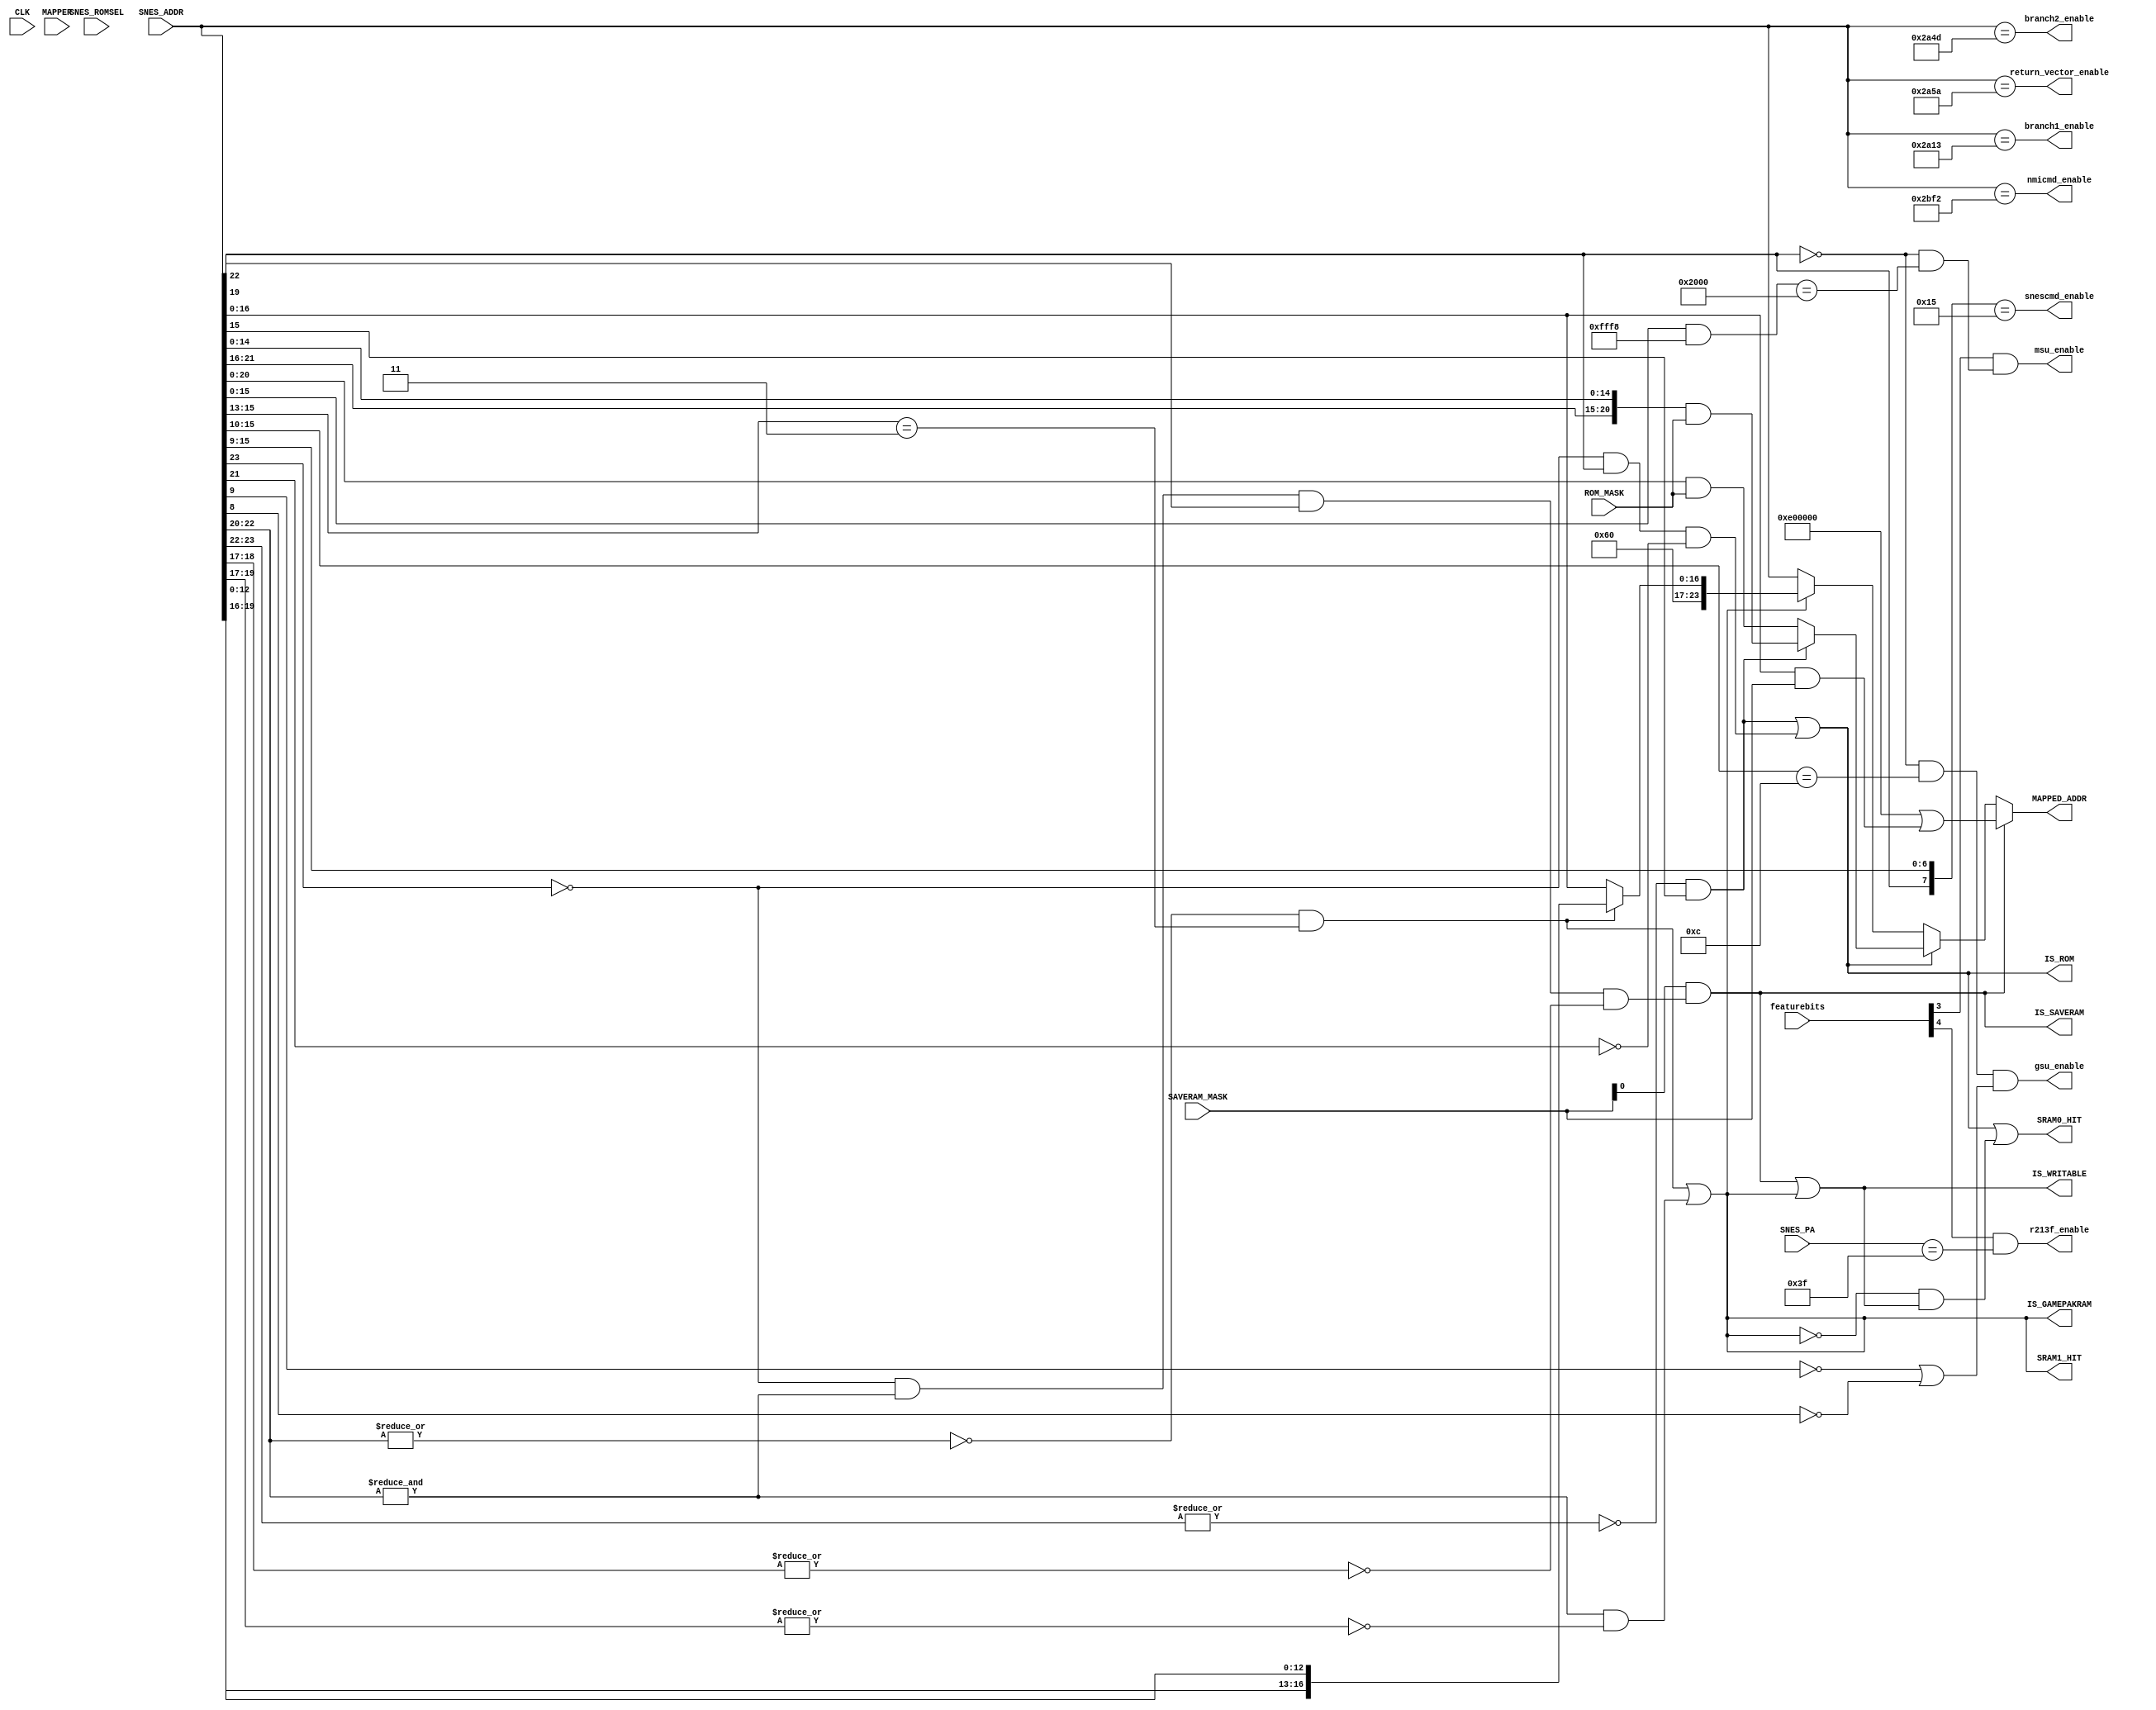
module address_4(
  input CLK,
  input [7:0] featurebits,  
  input [2:0] MAPPER,       
  input [23:0] SNES_ADDR,   
  input [7:0] SNES_PA,      
  input SNES_ROMSEL,        
  output [23:0] MAPPED_ADDR,
  output SRAM0_HIT,         
  output SRAM1_HIT,         
  output IS_SAVERAM,        
  output IS_GAMEPAKRAM,     
  output IS_ROM,            
  output IS_WRITABLE,       
  input [23:0] SAVERAM_MASK,
  input [23:0] ROM_MASK,
  output msu_enable,
  output gsu_enable,
  output r213f_enable,
  output snescmd_enable,
  output nmicmd_enable,
  output return_vector_enable,
  output branch1_enable,
  output branch2_enable
);
parameter [2:0]
  FEAT_MSU1 = 3,
  FEAT_213F = 4
;
wire [23:0] SRAM_SNES_ADDR;
assign IS_ROM = ((~|SNES_ADDR[23:22] & SNES_ADDR[15])
                 |(!SNES_ADDR[23] & SNES_ADDR[22] & !SNES_ADDR[21]));
assign IS_SAVERAM = SAVERAM_MASK[0] & (!SNES_ADDR[23] & &SNES_ADDR[22:20] & SNES_ADDR[19] & ~|SNES_ADDR[18:17]);
assign IS_GAMEPAKRAM = ((~|SNES_ADDR[22:20] & (SNES_ADDR[15:13] == 3'b011))
                        |(&SNES_ADDR[22:20] & ~|SNES_ADDR[19:17]));
assign IS_WRITABLE = IS_SAVERAM | IS_GAMEPAKRAM;
assign SRAM_SNES_ADDR = IS_SAVERAM
                        ? (24'hE00000 | SNES_ADDR[16:0] & SAVERAM_MASK)
                        : (IS_ROM
                           ? (~|SNES_ADDR[23:22] & SNES_ADDR[15])
                              ? 
                                ({3'b000, SNES_ADDR[21:16], SNES_ADDR[14:0]} & ROM_MASK)
                              : 
                                ({3'b000, SNES_ADDR[20:0]} & ROM_MASK)
                           : (IS_GAMEPAKRAM
                              ? (~|SNES_ADDR[22:20] & (SNES_ADDR[15:13] == 3'b011))
                                 ? 
                                   ({7'b1100000, SNES_ADDR[19:16], SNES_ADDR[12:0]})
                                 : 
                                   ({7'b1100000, SNES_ADDR[16:0]})
                              : SNES_ADDR));
assign MAPPED_ADDR = SRAM_SNES_ADDR;
assign SRAM0_HIT = IS_ROM | (!IS_GAMEPAKRAM & IS_WRITABLE);
assign SRAM1_HIT = IS_GAMEPAKRAM;
assign msu_enable = featurebits[FEAT_MSU1] & (!SNES_ADDR[22] && ((SNES_ADDR[15:0] & 16'hfff8) == 16'h2000));
wire gsu_enable_w = (!SNES_ADDR[22] & (SNES_ADDR[15:10] == 6'b001100) & (!SNES_ADDR[9] | !SNES_ADDR[8]));
assign gsu_enable = gsu_enable_w;
assign r213f_enable = featurebits[FEAT_213F] & (SNES_PA == 8'h3f);
assign snescmd_enable = ({SNES_ADDR[22], SNES_ADDR[15:9]} == 8'b0_0010101);
assign nmicmd_enable = (SNES_ADDR == 24'h002BF2);
assign return_vector_enable = (SNES_ADDR == 24'h002A5A);
assign branch1_enable = (SNES_ADDR == 24'h002A13);
assign branch2_enable = (SNES_ADDR == 24'h002A4D);
endmodule